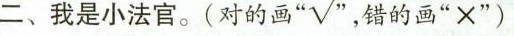
二、我是小法官。(对的画”√'' , 错的画”×”)